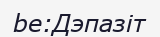
be:Дэпазіт